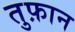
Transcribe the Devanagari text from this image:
तुफ़ान